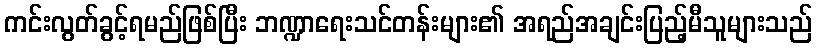
ကင်းလွတ်ခွင့်ရမည်ဖြစ်ပြီး ဘဏ္ဍာရေးသင်တန်းများ၏ အရည်အချင်းပြည့်မီသူများသည်